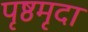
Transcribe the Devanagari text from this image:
पृष्ठमृदा